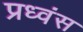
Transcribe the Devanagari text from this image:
प्रध्वंस